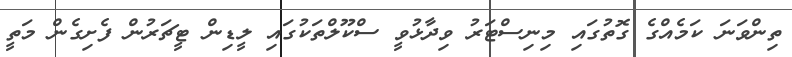
ތިންވަނަ ކަމެއްގެ ގޮތުގައި މިނިސްޓަރު ވިދާޅުވީ ސްކޫލްތަކުގައި ލީޑިން ޓީޗަރުން ފެށިގެން މަތީ